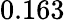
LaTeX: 0.163